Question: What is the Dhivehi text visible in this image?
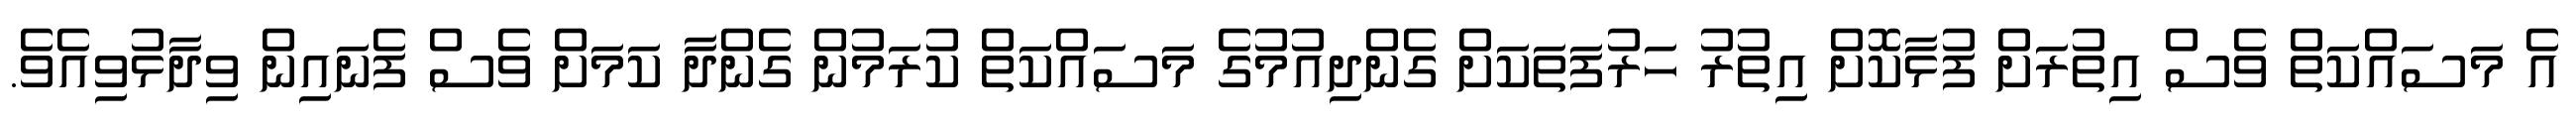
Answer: އެ މަސައްކަތް ވެސް އިތުރަށް ފުޅާކޮށް އިތުރު ހަރުފަތަކަށް ގެންދިއުމުގެ މަސައްކަތް ކުރަމުން ގެންދާ ކަމަށް ވެސް ފެނައިން ވިދާޅުވިއެވެ.